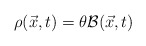
\begin{align*}\rho({\vec x},t)=\theta {\cal B}({\vec x},t)\end{align*}